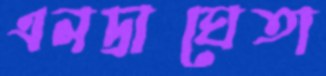
এনদ্রাঘেতা